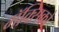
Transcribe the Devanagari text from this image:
मॅक्सिको